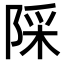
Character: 𨺉